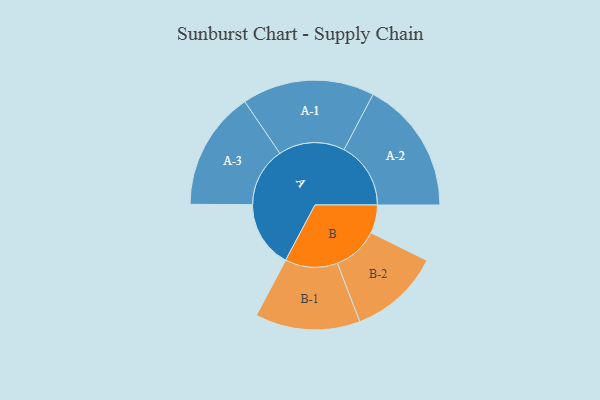
{"axis": {"x": "Segment", "y": "Value"}, "legend": ["", "A", "B"], "data": [{"x": "A", "y": 291, "type": ""}, {"x": "B", "y": 123, "type": ""}, {"x": "A-1", "y": 289, "type": "A"}, {"x": "A-2", "y": 291, "type": "A"}, {"x": "A-3", "y": 259, "type": "A"}, {"x": "B-1", "y": 229, "type": "B"}, {"x": "B-2", "y": 199, "type": "B"}]}